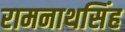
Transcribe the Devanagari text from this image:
रामनाथसिंह